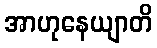
အာဟုနေယျာတိ